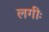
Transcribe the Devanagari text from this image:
लगीः